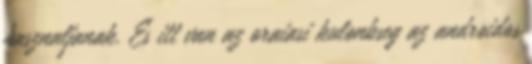
hasznaljanak. Es itt van az oraiasi kulonbseg az androidos